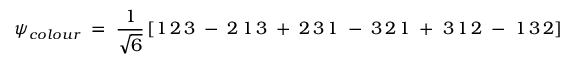
\psi _ { c o l o u r } \; = \; \frac { 1 } { \sqrt { 6 } } \left[ 1 \, 2 \, 3 \; - \; 2 \, 1 \, 3 \; + \; 2 \, 3 \, 1 \; - \; 3 \, 2 \, 1 \; + \; 3 \, 1 \, 2 \; - \; 1 \, 3 \, 2 \right]